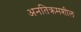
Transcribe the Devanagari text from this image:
अनतिक्रमशील